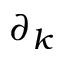
\partial _ { k }